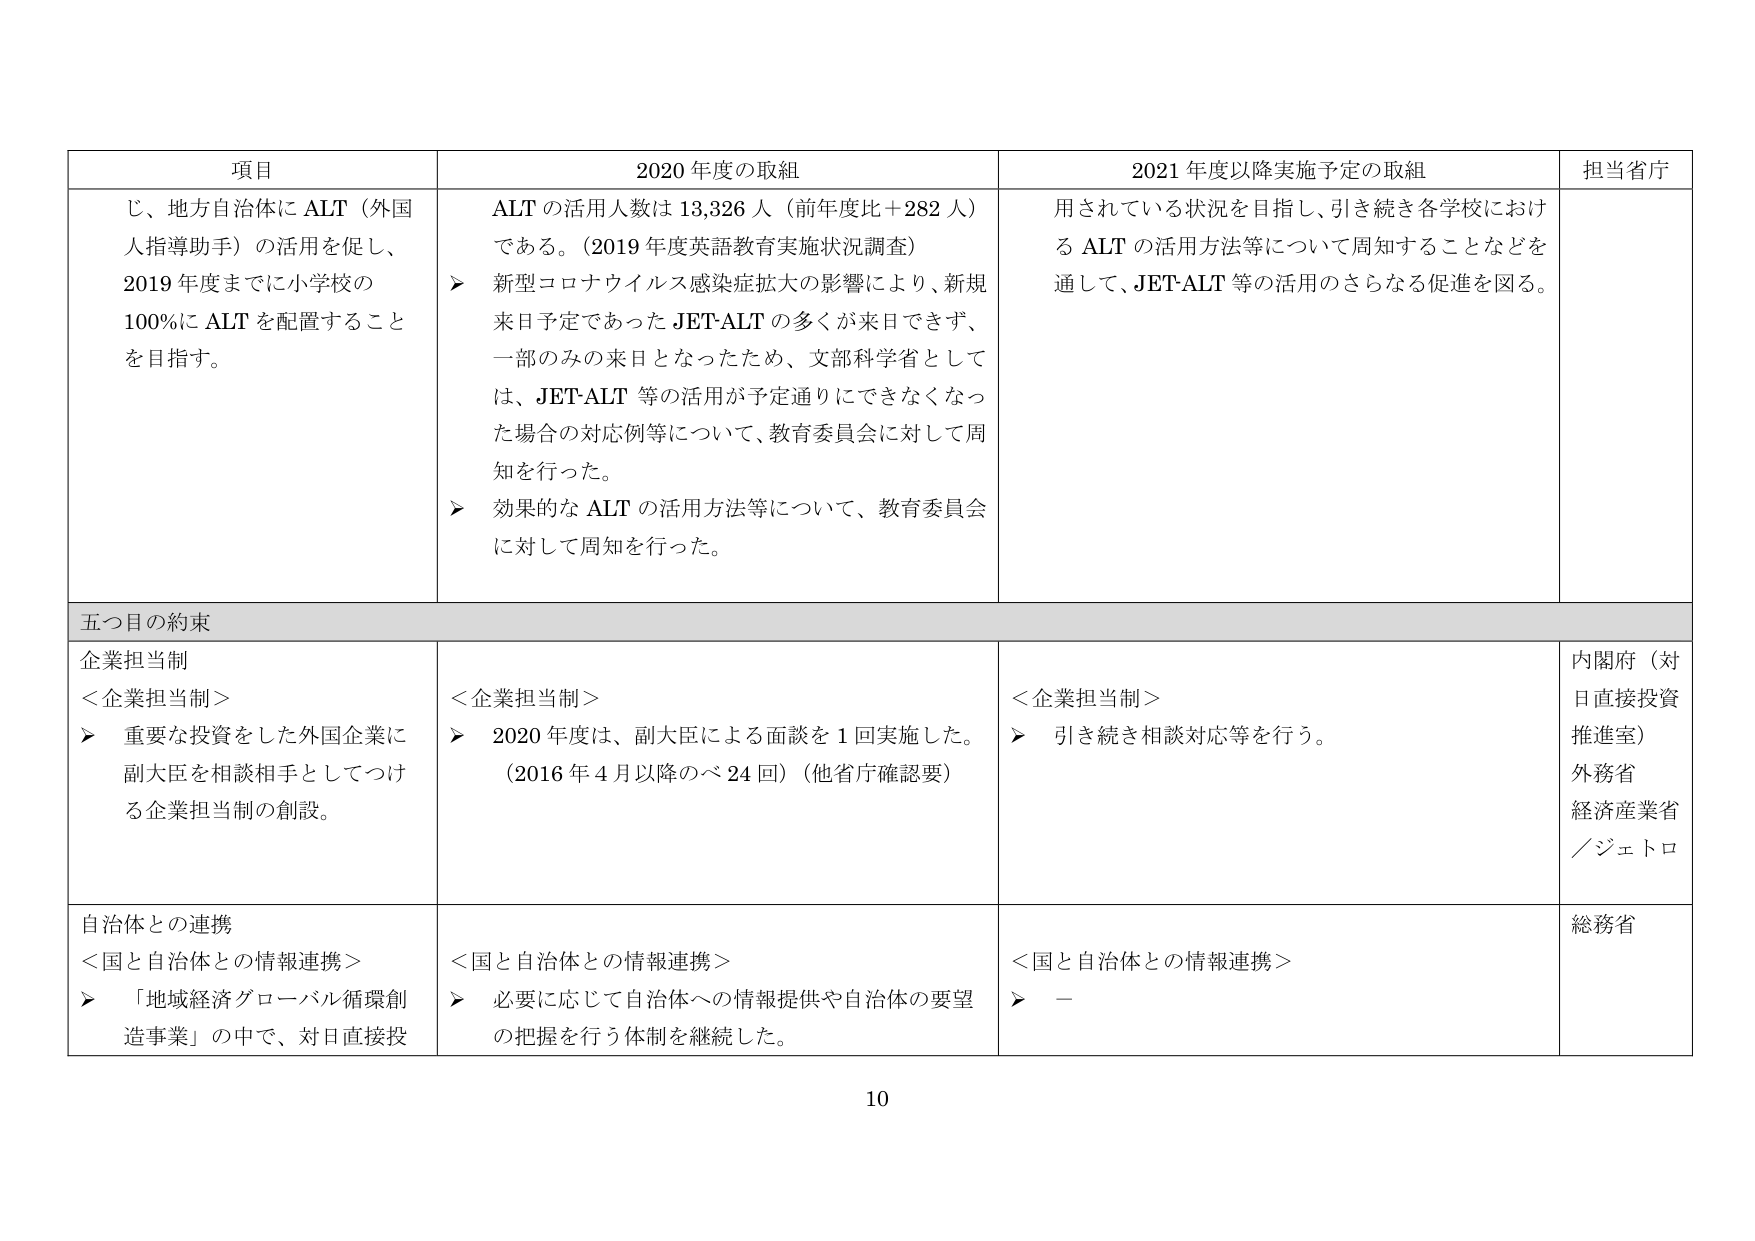
項目 2020年度の取組 2021年度以降実施予定の取組 担当省庁
じ、地方自治体にALT（外国人指導助手）の活用を促し、2019年度までに小学校の100％にALTを配置することを目指す。 ALTの活用人数は13,326人（前年度比＋282人）である。（2019年度英語教育実施状況調査） ➤ 新型コロナウイルス感染症拡大の影響により、新規来日予定であったJET-ALTの多くが来日できず、一部のみの来日となったため、文部科学省としては、JET-ALT等の活用が予定通りにできなくなった場合の対応例等について、教育委員会に対して周知を行った。 ➤ 効果的なALTの活用方法等について、教育委員会に対して周知を行った。 用されている状況を目指し、引き続き各学校におけるALTの活用方法等について周知することなどを通して、JET-ALT等の活用のさらなる促進を図る。
五つ目の約束
企業担当制 ＜企業担当制＞ ➤ 重要な投資をした外国企業に副大臣を相談相手としてつける企業担当制の創設。 ＜企業担当制＞ ➤ 2020年度は、副大臣による面談を1回実施した。（2016年4月以降のべ24回）（他省庁確認要） ＜企業担当制＞ ➤ 引き続き相談対応等を行う。 内閣府（対日直接投資推進室） 外務省 経済産業省 ／ジェトロ
自治体との連携 ＜国と自治体との情報連携＞ ➤ 「地域経済グローバル循環創造事業」の中で、対日直接投 ＜国と自治体との情報連携＞ ➤ 必要に応じて自治体への情報提供や自治体の要望の把握を行う体制を継続した。 ＜国と自治体との情報連携＞ ➤ － 総務省
10